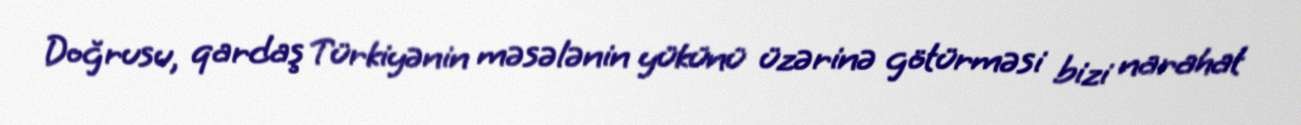
Doğrusu, qardaş Türkiyənin məsələnin yükünü üzərinə götürməsi bizi narahat